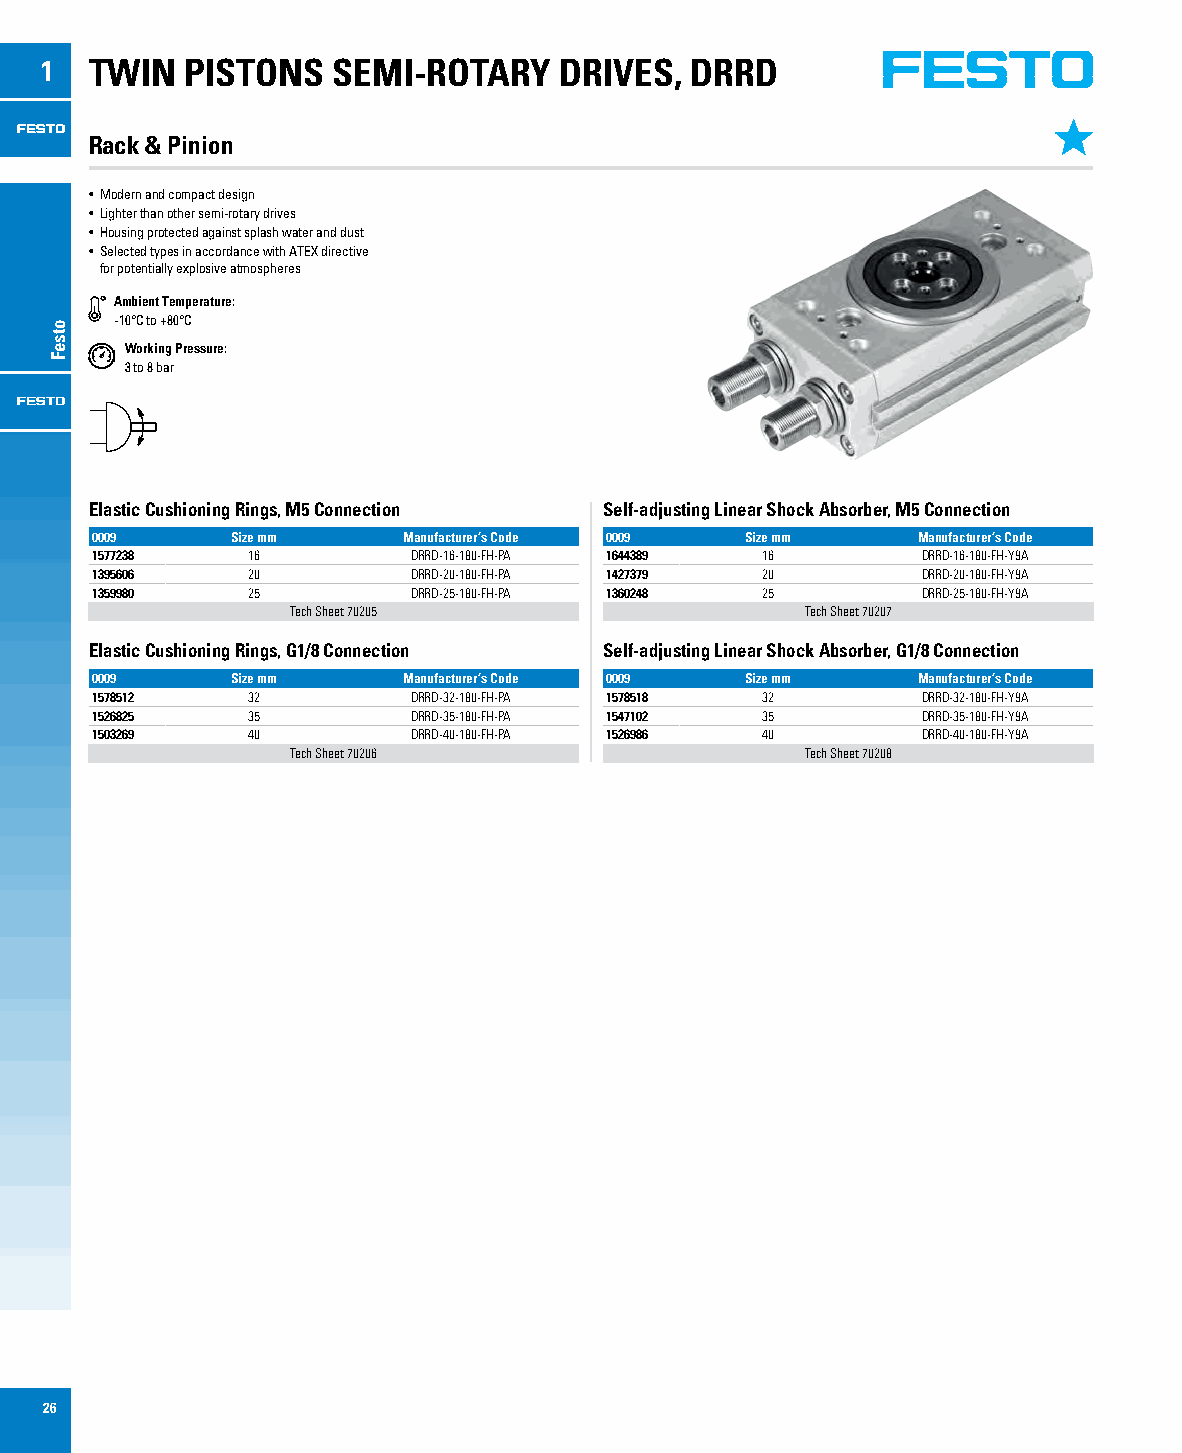
1  TWIN  PISTONS   SEMI-ROTARY    DRIVES,  DRRD
 Rack & Pinion
 • Modern and compact design
 • Lighter than other semi-rotary drives
 • Housing protected against splash water and dust
 • Selected types in accordance with ATEX directive
 for potentially explosive atmospheres
 Ambient Temperature:
 -10°C to +80°C
 Working Pressure:
 3 to 8 bar
 Elastic Cushioning Rings, M5 Connection Self-adjusting Linear Shock Absorber, M5 Connection
 0009     Size mm     Manufacturer’s Code 0009 Size mm  Manufacturer’s Code
 1577238   16         DRRD-16-180-FH-PA 1644389 16      DRRD-16-180-FH-Y9A
 1395606   20         DRRD-20-180-FH-PA 1427379 20      DRRD-20-180-FH-Y9A
 1359980   25         DRRD-25-180-FH-PA 1360248 25      DRRD-25-180-FH-Y9A
 Tech Sheet 70205                  Tech Sheet 70207
 Elastic Cushioning Rings, G1/8 Connection Self-adjusting Linear Shock Absorber, G1/8 Connection
 0009     Size mm     Manufacturer’s Code 0009 Size mm  Manufacturer’s Code
 1578512   32         DRRD-32-180-FH-PA 1578518 32      DRRD-32-180-FH-Y9A
 1526825   35         DRRD-35-180-FH-PA 1547102 35      DRRD-35-180-FH-Y9A
 1503269   40         DRRD-40-180-FH-PA 1526986 40      DRRD-40-180-FH-Y9A
 Tech Sheet 70206                  Tech Sheet 70208
 26
 otseF